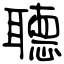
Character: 聽